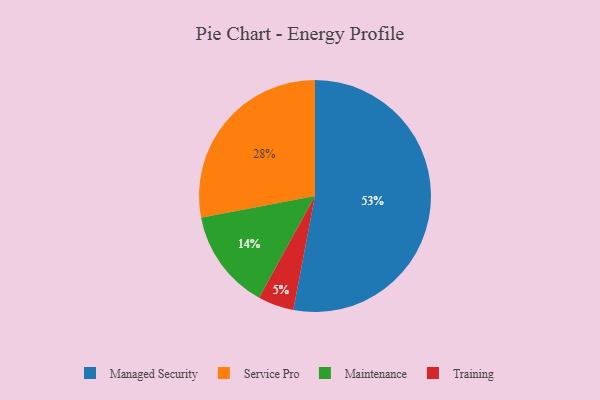
{"axis": {"x": "Category", "y": "Percentage"}, "legend": ["Maintenance", "Managed Security", "Service Pro", "Training"], "data": [{"x": "Managed Security", "y": 53, "type": "Managed Security"}, {"x": "Maintenance", "y": 14, "type": "Maintenance"}, {"x": "Training", "y": 5, "type": "Training"}, {"x": "Service Pro", "y": 28, "type": "Service Pro"}]}